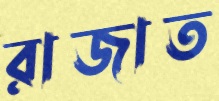
রাজাত